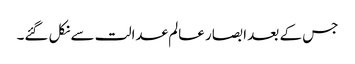
جس کے بعد ابصار عالم عدالت سے نکل گئے۔